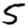
Digit: 5